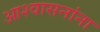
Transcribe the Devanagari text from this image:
आश्वासनांना